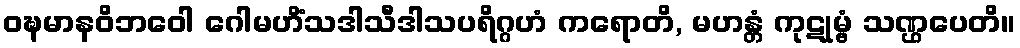
ဝဍ္ဎမာနဝိဘဝေါ ဂေါမဟိံသဒါသီဒါသပရိဂ္ဂဟံ ကရောတိ, မဟန္တံ ကုဋုမ္ဗံ သဏ္ဌပေတိ။